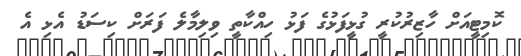
ކޮމިޓީއަށް ހާޒިރުކުރީ ގުޅީފަޅުގެ ފަޅު ހިއްކާތީ ވިލިމާލެ ފަރަށް ކިސަޑު އެޅި އެ